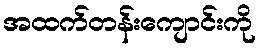
အထက်တန်းကျောင်းကို